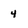
Character: 4